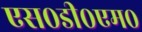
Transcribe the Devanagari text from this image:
एस०डी०एम०